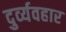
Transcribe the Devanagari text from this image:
दुर्व्‍यवहार